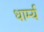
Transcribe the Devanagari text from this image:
धार्म्य